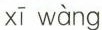
xī wàng